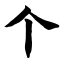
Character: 个